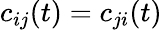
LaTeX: c_{ij}(t)=c_{ji}(t)